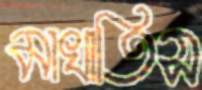
মাখাতিস